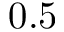
0 . 5